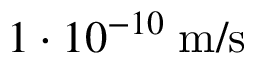
1 \cdot 1 0 ^ { - 1 0 } \; \mathrm { m / s } \;